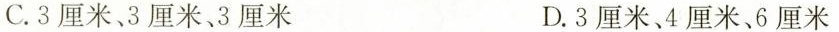
C.3厘米、3厘米、3厘米 D.3厘米、4厘米、6厘米